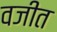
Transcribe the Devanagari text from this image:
वजीत